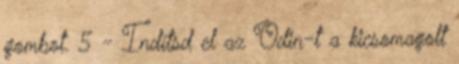
gombot. 5 - Indítsd el az Odin-t a kicsomagolt